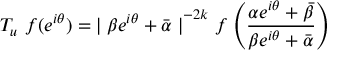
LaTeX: T _ { u } ~ f ( e ^ { i \theta } ) = { \mid \beta e ^ { i \theta } + \bar { \alpha } \mid } ^ { - 2 k } ~ f \left( \frac { \alpha e ^ { i \theta } + \bar { \beta } } { \beta e ^ { i \theta } + \bar { \alpha } } \right)